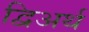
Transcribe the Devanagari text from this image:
द्विअर्थ